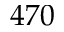
4 7 0